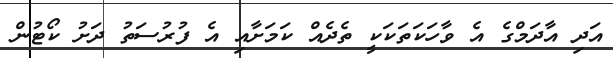
އަދި އާދަމްގެ އެ ވާހަކަތަކަކީ ތެދެއް ކަމަށާއި އެ ފުރުސަތު ދަށު ކޯޓުން